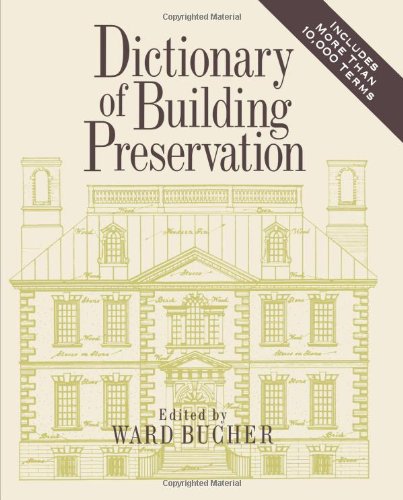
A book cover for Dictionary of Building Preservation; Arts & Photography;